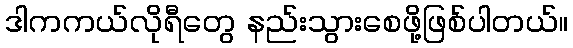
ဒါကကယ်လိုရီတွေ နည်းသွားစေဖို့ဖြစ်ပါတယ်။